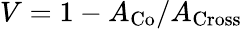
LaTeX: V=1-A_{\mathrm{Co}}/A_{\mathrm{Cross}}